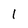
Character: 1